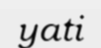
yati